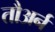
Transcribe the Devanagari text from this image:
तौअर्न